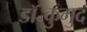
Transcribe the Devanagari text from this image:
डॉ॰कुमुद